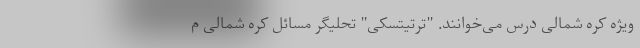
ویژه کره شمالی درس می‌خوانند. "ترتیتسکی" تحلیگر مسائل کره شمالی م